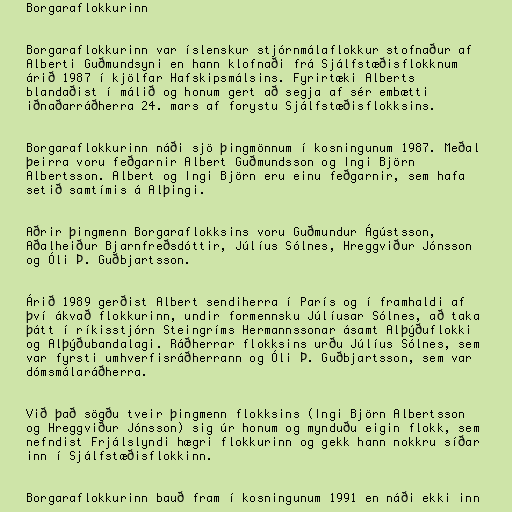
Borgaraflokkurinn

Borgaraflokkurinn var íslenskur stjórnmálaflokkur stofnaður af
Alberti Guðmundsyni en hann klofnaði frá Sjálfstæðisflokknum
árið 1987 í kjölfar Hafskipsmálsins. Fyrirtæki Alberts
blandaðist í málið og honum gert að segja af sér embætti
iðnaðarráðherra 24. mars af forystu Sjálfstæðisflokksins.

Borgaraflokkurinn náði sjö þingmönnum í kosningunum 1987. Meðal
þeirra voru feðgarnir Albert Guðmundsson og Ingi Björn
Albertsson. Albert og Ingi Björn eru einu feðgarnir, sem hafa
setið samtímis á Alþingi.

Aðrir þingmenn Borgaraflokksins voru Guðmundur Ágústsson,
Aðalheiður Bjarnfreðsdóttir, Júlíus Sólnes, Hreggviður Jónsson
og Óli Þ. Guðbjartsson.

Árið 1989 gerðist Albert sendiherra í París og í framhaldi af
því ákvað flokkurinn, undir formennsku Júlíusar Sólnes, að taka
þátt í ríkisstjórn Steingríms Hermannssonar ásamt Alþýðuflokki
og Alþýðubandalagi. Ráðherrar flokksins urðu Júlíus Sólnes, sem
var fyrsti umhverfisráðherrann og Óli Þ. Guðbjartsson, sem var
dómsmálaráðherra.

Við það sögðu tveir þingmenn flokksins (Ingi Björn Albertsson
og Hreggviður Jónsson) sig úr honum og mynduðu eigin flokk, sem
nefndist Frjálslyndi hægri flokkurinn og gekk hann nokkru síðar
inn í Sjálfstæðisflokkinn.

Borgaraflokkurinn bauð fram í kosningunum 1991 en náði ekki inn